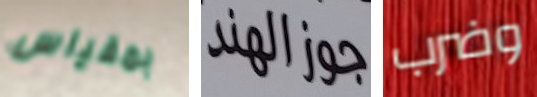
بمقياس جوزالهند وضرب